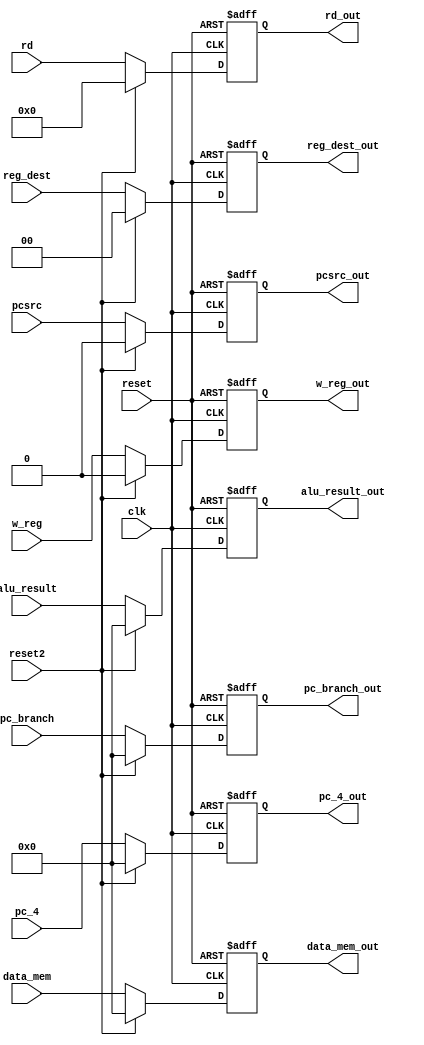
`timescale 1ps/100fs 
module memory_cache(clk, reset, reset2, w_reg, reg_dest, pcsrc, pc_4, rd, alu_result, pc_branch, data_mem,
							w_reg_out, reg_dest_out, pcsrc_out, pc_4_out, rd_out, alu_result_out, pc_branch_out, data_mem_out
							);
input clk, reset, w_reg, pcsrc, reset2;
input[1:0] reg_dest;
input[4:0] rd;
input[31:0] pc_4, alu_result, pc_branch, data_mem;
output reg w_reg_out, pcsrc_out;	
output reg[1:0] reg_dest_out;						
output reg[4:0] rd_out;							
output reg[31:0]  pc_4_out, alu_result_out, pc_branch_out, data_mem_out;

always@(posedge clk or posedge reset) begin

	if(reset) begin
		w_reg_out <= 0;
		pcsrc_out <= 0;
		reg_dest_out <= 0;
		rd_out <= 0;
		pc_4_out <= 0;
		alu_result_out <= 0;
		pc_branch_out <= 0;
		data_mem_out <= 0;
	end
	else if(reset2) begin
		w_reg_out <= 0;
		pcsrc_out <= 0;
		reg_dest_out <= 0;
		rd_out <= 0;
		pc_4_out <= 0;
		alu_result_out <= 0;
		pc_branch_out <= 0;
		data_mem_out <= 0;
	end
	else begin
		w_reg_out <=  w_reg;
		pcsrc_out <=  pcsrc;
		reg_dest_out <=  reg_dest;
		rd_out <=  rd;
		pc_4_out <=  pc_4;
		alu_result_out <=  alu_result;
		pc_branch_out <=  pc_branch;
		data_mem_out <=  data_mem;
	end
end
endmodule